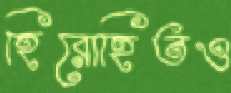
হিরোহিতও